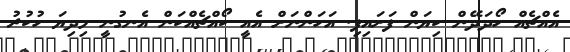
އެއްޗެއް ހޯދަދޭން ކިޔަން ފަށައިފި. އަހަންނަށް އެއީ ކޯއްޗެއްކަން އެނގުނީ މިދިޔަ ހުކުރު